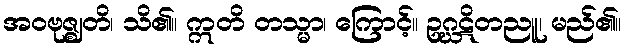
အဝဗုဇ္ဈတိ၊ သိ၏။ ဣတိ တသ္မာ၊ ကြောင့်။ ဥဂ္ဃဋိတညူ၊ မည်၏။